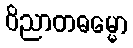
ဝိညာတဓမ္မော